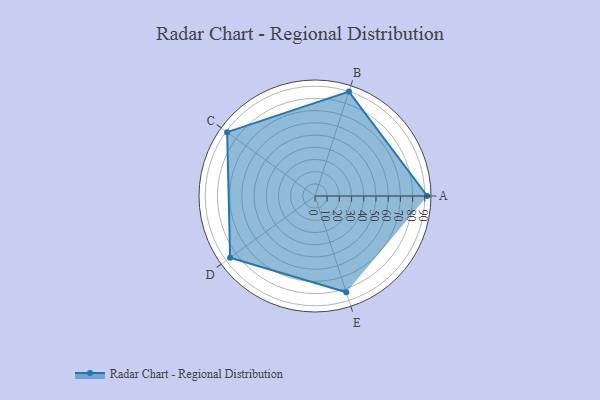
{"axis": {"x": "Skill", "y": "Score"}, "legend": ["Profile"], "data": [{"x": "A", "y": 92.0, "type": "Profile"}, {"x": "B", "y": 90.0, "type": "Profile"}, {"x": "C", "y": 89.0, "type": "Profile"}, {"x": "D", "y": 86.0, "type": "Profile"}, {"x": "E", "y": 83.0, "type": "Profile"}]}